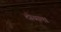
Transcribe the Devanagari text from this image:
टोयामा